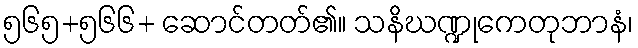
၅၆၅+၅၆၆+ ဆောင်တတ်၏။ သနိဃဏ္ဍုကေတုဘာနံ၊